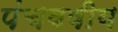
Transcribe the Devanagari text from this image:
पंचवषीय